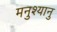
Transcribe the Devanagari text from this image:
मनुश्‍यानु